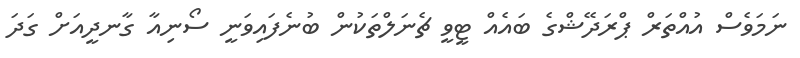
ނަމަވެސް އުއްތަރް ޕްރަދޭޝްގެ ބައެއް ޓީވީ ޗެނަލްތަކުން ބުނެފައިވަނީ ސޯނިއާ ގާނދީއަށް ގަދަ